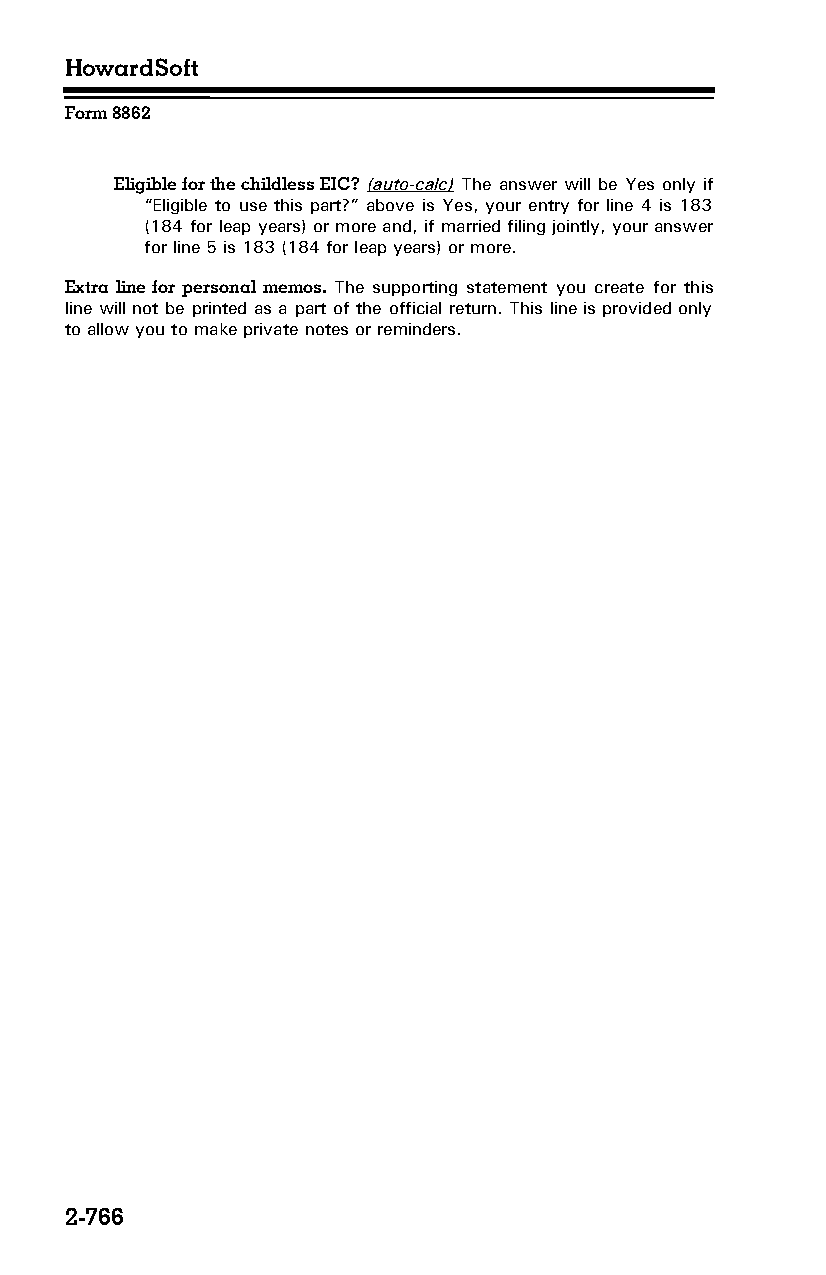
HowardSoft
 Form 8862
 Eligible for the childless EIC? (auto-calc) The answer will be Yes only if
 “Eligible to use this part?” above is Yes, your entry for line 4 is 183
 (184 for leap years) or more and, if married filing jointly, your answer
 for line 5 is 183 (184 for leap years) or more.
 Extra line for personal memos. The supporting statement you create for this
 line will not be printed as a part of the official return. This line is provided only
 to allow you to make private notes or reminders.
 2-766